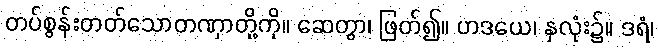
တပ်စွန်းတတ်သောတဏှာတို့ကို။ ဆေတွာ၊ ဖြတ်၍။ ဟဒယေ၊ နှလုံး၌။ ဒရံ၊